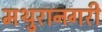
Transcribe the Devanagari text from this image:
मथुरानगरी